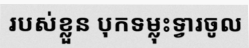
របស់ខ្លួន បុកទម្លុះទ្វារចូល